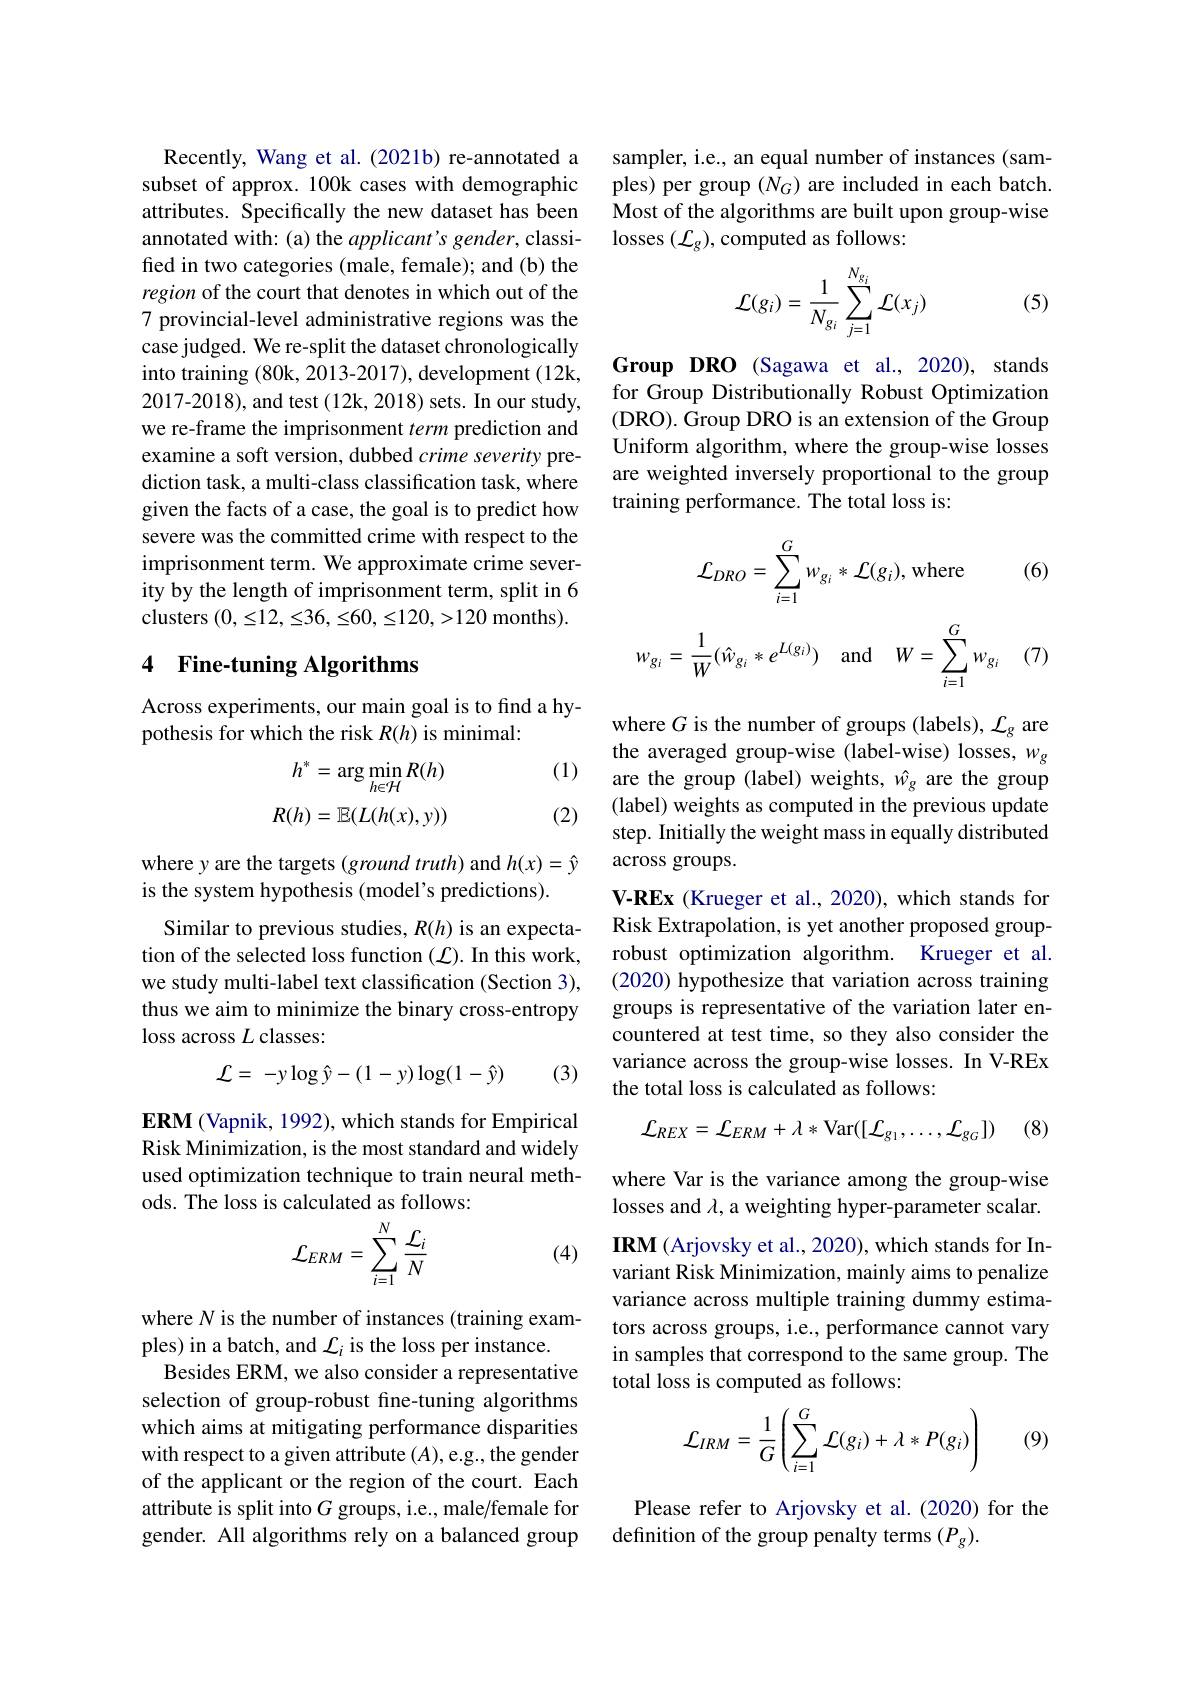
Recently, Wang et al. (2021b) re-annotated a subset of approx. 100k cases with demographic attributes. Specifically the new dataset has been annotated with: (a) the applicant's gender, classified in two categories (male, female); and (b) the region of the court that denotes in which out of the 7 provincial-level administrative regions was the case judged. We re-split the dataset chronologically into training (80k, 2013-2017), development (12k, 2017-2018), and test (12k, 2018) sets. In our study, we re-frame the imprisonment term prediction and examine a soft version, dubbed crime severity prediction task, a multi-class classification task, where given the facts of a case, the goal is to predict how severe was the committed crime with respect to the imprisonment term. We approximate crime severity by the length of imprisonment term, split in 6 clusters $(0,\leq12,\leq36,\leq60,\leq120,>120$ months).

## 4 Fine-tuning Algorithms

Across experiments, our main goal is to find a hy-
pothesis for which the risk $R(h)$ is minimal:

(1)
$$\begin{aligned}h^*&=\arg\min_{h\in\mathcal{H}}R(h)\\R(h)&=\mathbb{E}(L(h(x),y))\end{aligned}$$
(2)

where y are the targets (ground truth) and $h(x)=\hat{y}$
is the system hypothesis (model's predictions).

Similar to previous studies, $R(h)$ is an expectation of the selected loss function ($\mathcal{L}).$ In this work, we study multi-label text classification (Section 3), thus we aim to minimize the binary cross-entropy loss across $L$ classes:

(3)
$$\mathcal{L}=\:-y\log\hat{y}-(1-y)\log(1-\hat{y})$$
ERM (Vapnik, 1992), which stands for Empirical Risk Minimization, is the most standard and widely used optimization technique to train neural methods. The loss is calculated as follows:
$$\mathcal{L}_{ERM}=\sum_{i=1}^N\frac{\mathcal{L}_i}{N}$$
(4)

where $N$ is the number of instances (training exam-
ples) in a batch, and $\mathcal{L}_i$ is the loss per instance.
Besides ERM, we also consider a representative selection of group-robust fine-tuning algorithms which aims at mitigating performance disparities with respect to a given attribute $(A)$,e.g., the gender of the applicant or the region of the court. Each attribute is split into $G$ groups, i.e., male/female for gender. All algorithms rely on a balanced group

sampler, i.e., an equal number of instances (samples) per group $(N_G)$ are included in each batch. Most of the algorithms are built upon group-wise losses $(\mathcal{L}_g)$,computed as follows:
$$\mathcal{L}(g_i)=\frac{1}{N_{g_i}}\sum_{j=1}^{N_{g_i}}\mathcal{L}(x_j)$$
(5)

Group DRO (Sagawa et al., 2020), stands for Group Distributionally Robust Optimization (DRO). Group DRO is an extension of the Group Uniform algorithm, where the group-wise losses are weighted inversely proportional to the group training performance. The total loss is:

(6)
$$\mathcal{L}_{DRO}=\sum_{i=1}^{G}w_{g_{i}}*\mathcal{L}(g_{i}),\text{where}$$
$$w_{g_i}=\dfrac{1}{W}(\hat{w}_{g_i}*e^{L(g_i)})\quad\text{and}\quad W=\sum_{i=1}^{G}w_{g_i}$$
(7)

where $G$ is the number of groups (labels), $\mathcal{L}_g$ are the averaged group-wise (label-wise) losses, $w_{g}$ are the group (label) weights, $\hat{w}_g$ are the group (label) weights as computed in the previous update step. Initially the weight mass in equally distributed across groups.
V-REx (Krueger et al., 2020), which stands for Risk Extrapolation, is yet another proposed grouprobust optimization algorithm. Krueger et al. (2020) hypothesize that variation across training groups is representative of the variation later encountered at test time, so they also consider the variance across the group-wise losses. In V-REx the total loss is calculated as follows:
$$\mathcal{L}_{REX}=\mathcal{L}_{ERM}+\lambda*\mathrm{Var}([\mathcal{L}_{g_{1}},\ldots,\mathcal{L}_{g_{G}}])$$
(8)

where Var is the variance among the group-wise losses and $\lambda$, a weighting hyper-parameter scalar. IRM (Arjovsky et al., 2020), which stands for Invariant Risk Minimization, mainly aims to penalize variance across multiple training dummy estimators across groups, i.e., performance cannot vary in samples that correspond to the same group. The total loss is computed as follows:
$$\mathcal{L}_{IRM}=\dfrac{1}{G}\left(\sum_{i=1}^G\mathcal{L}(g_i)+\lambda*P(g_i)\right)$$
(9)

Please refer to Arjovsky et al.(2020) for the
definition of the group penalty terms $(P_g).$